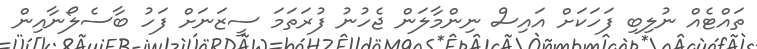
ތައްޓެއް ނުލިބި ފަހަކަށް އައިސް ނިންމާލަން ޖެހުނު ފުރަތަމަ ސީޒަނަށް ފަހު ބާސެލޯނާއިން